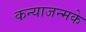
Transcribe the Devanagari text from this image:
कन्याजन्मके